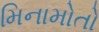
મિનામોતો